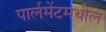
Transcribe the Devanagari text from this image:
पार्लमेंटमधील